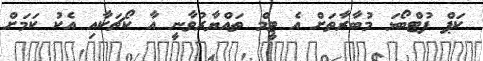
ކަޕް ފުޓްބޯޅަ މުބާރާތަށް އެ ޓީމް ތައްޔާރުވާނީ އާ ކޯޗަކާއި އެކު ކަމަށް